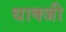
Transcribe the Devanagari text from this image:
धाक्जी